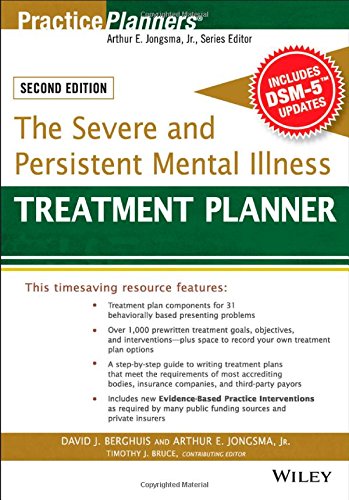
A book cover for The Severe and Persistent Mental Illness Treatment Planner (PracticePlanners); Arthur E. Jongsma Jr.; Medical Books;